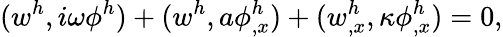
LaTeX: (w^{h},i\omega\phi^{h})+(w^{h},a\phi_{,x}^{h})+(w_{,x}^{h},\kappa\phi_{,x}^{h})=0,